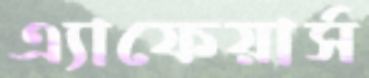
এ্যাফেয়ার্স